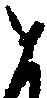
と